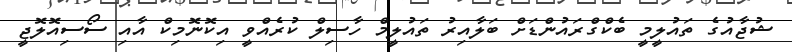
ޝުޖާއުގެ ތައުލީމީ ބެކްގްރައުންޑަށް ބަލާއިރު ތައުލީމް ހާސިލް ކުރެއްވީ އިކޮނޮމިކް އާއި ސޯސިއޮލޮޖީ